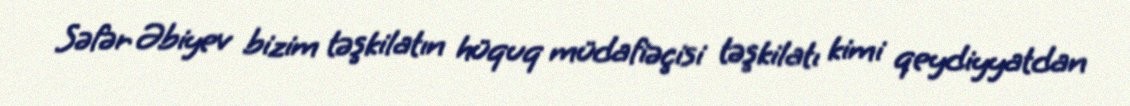
Səfər Əbiyev bizim təşkilatın hüquq müdafiəçisi təşkilatı kimi qeydiyyatdan